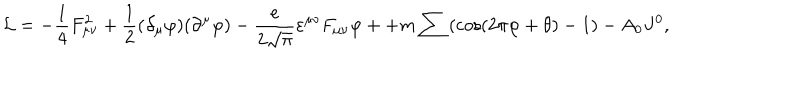
LaTeX: { \cal L } = - \frac { 1 } { 4 } F _ { \mu \nu } ^ { 2 } + \frac { 1 } { 2 } ( \partial _ { \mu } \varphi ) ( \partial ^ { \mu } \varphi ) - \frac { e } { { 2 \sqrt \pi } } \varepsilon ^ { \mu \nu } F _ { \mu \nu } \varphi + + m \sum \left( { \cos \left( { 2 \pi \varphi + \theta } \right) - 1 } \right) - A _ { 0 } J ^ { 0 } ,